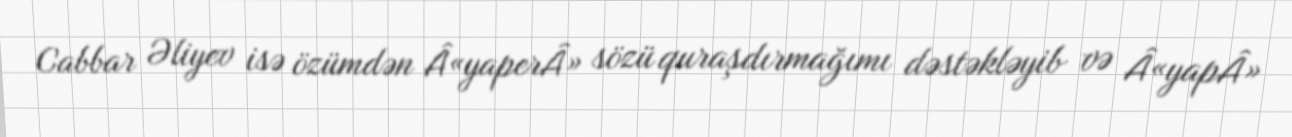
Cabbar Əliyev isə özümdən Â«yaperÂ» sözü quraşdırmağımı dəstəkləyib və Â«yapÂ»